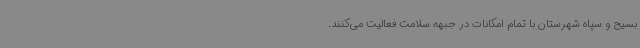
بسیج و سپاه شهرستان با تمام امکانات در جبهه سلامت فعالیت می‌کنند.